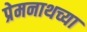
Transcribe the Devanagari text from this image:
प्रेमनाथच्या